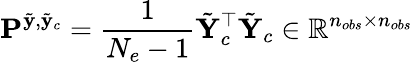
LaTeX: \mathbf{P}^{\tilde{\mathbf{y}},\tilde{\mathbf{y}}_{c}}=\frac{1}{N_{e}-1}\tilde{\mathbf{Y}}_{c}^{\top}\tilde{\mathbf{Y}}_{c}\in\mathbb{R}^{n_{obs}\times n_{obs}}